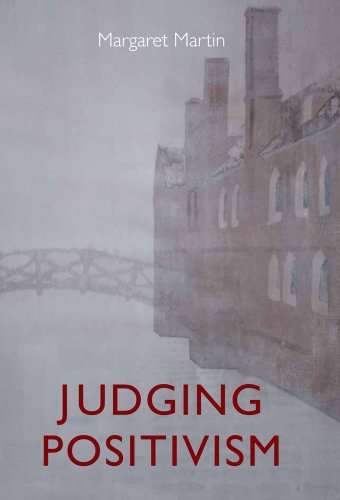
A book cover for Judging Positivism; Margaret Martin; Law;